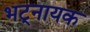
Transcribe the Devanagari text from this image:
भट्नायक